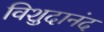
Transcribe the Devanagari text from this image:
विशुदानंद